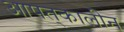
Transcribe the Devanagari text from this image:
आपत्‌कालीन